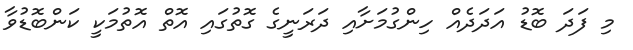
މި ފަދަ ބޮޑު އަދަދެއް ހިންގުމަށާއި ދަރަނީގެ ގޮތުގައި އޮތް އޮތުމަކީ ކަންބޮޑުވާ